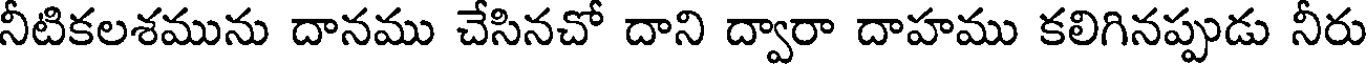
నీటికలశమును దానము చేసినచో దాని ద్వారా దాహము కలిగినప్పుడు నీరు